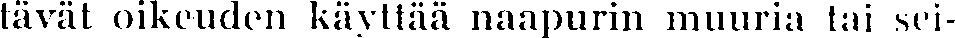
tävät oikeuden käyttää naapurin muuria tai sei-